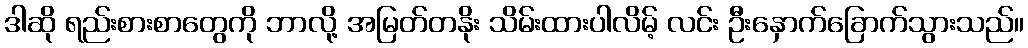
ဒါဆို ရည်းစားစာတွေကို ဘာလို့ အမြတ်တနိုး သိမ်းထားပါလိမ့် လင်း ဦးနှောက်ခြောက်သွားသည်။